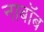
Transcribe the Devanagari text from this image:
नाबॉब